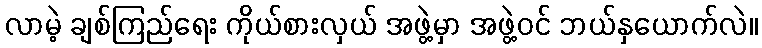
လာမဲ့ ချစ်ကြည်ရေး ကိုယ်စားလှယ် အဖွဲ့မှာ အဖွဲ့ဝင် ဘယ်နှယောက်လဲ။